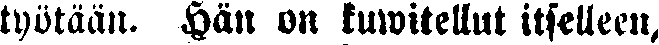
työtään. Hän on kuwitellut itselleen,